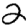
Digit: 2